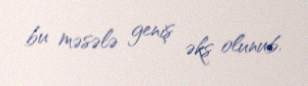
bu məsələ geniş əks olunub.